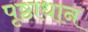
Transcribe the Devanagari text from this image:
पृष्ठाधान